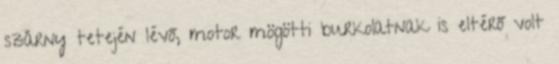
szárny tetején lévő, motor mögötti burkolatnak is eltérő volt